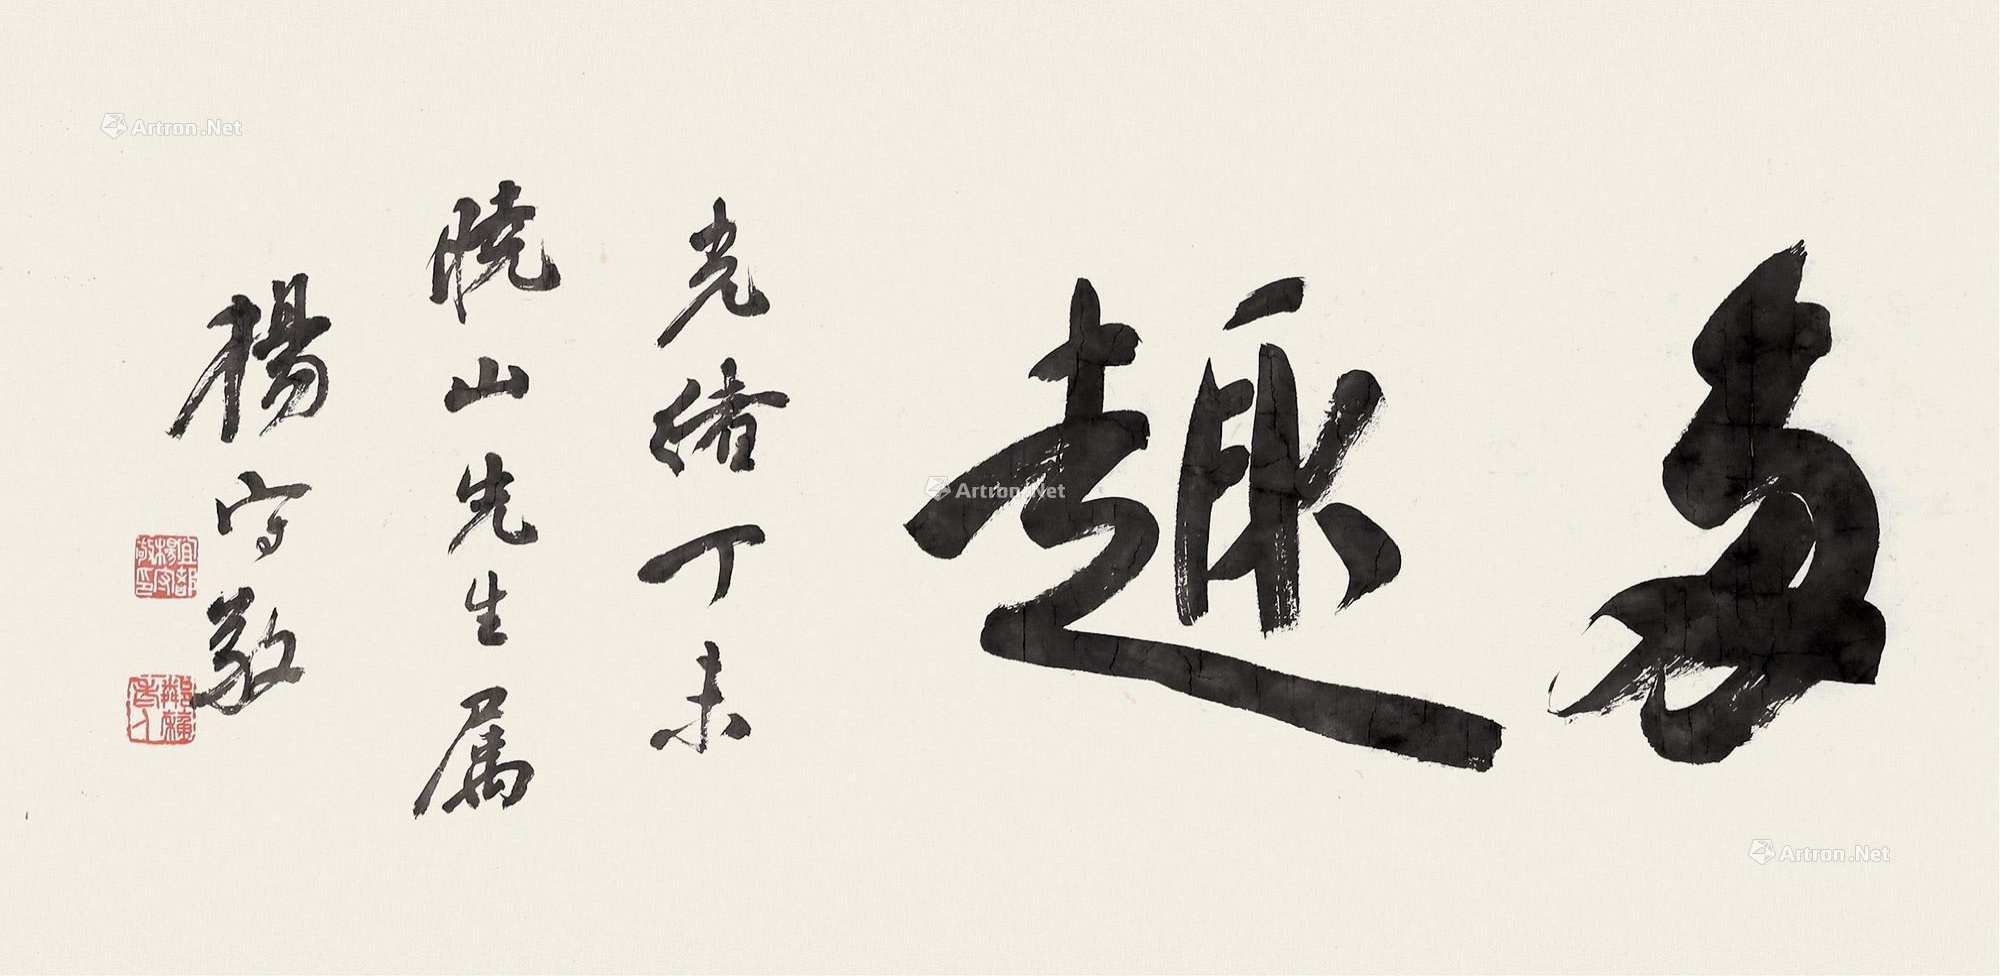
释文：多趣。光绪丁未，悦山先生属。杨守敬。